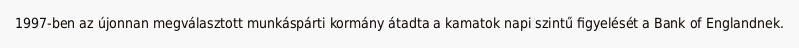
1997-ben az újonnan megválasztott munkáspárti kormány átadta a kamatok napi szintű figyelését a Bank of Englandnek.